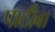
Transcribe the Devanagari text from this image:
पाठीबा